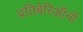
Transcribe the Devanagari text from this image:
प्रतिबेरिऑनों